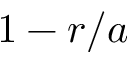
1 - r / a